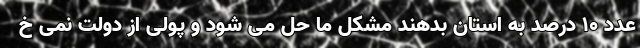
عدد ۱۰ درصد به استان بدهند مشکل ما حل می شود و پولی از دولت نمی خ